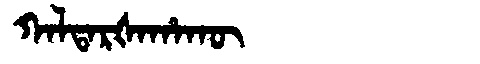
Manchu: ᡴᠠᠯᡨᠠᡵᡧᠠᡥᠠᡴᡡ
Romanization: KALTARŠAHAKŪ